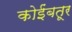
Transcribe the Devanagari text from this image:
कोईंबतूर